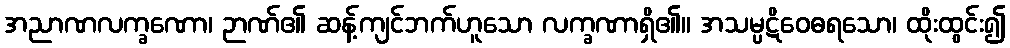
အညာဏလက္ခဏော၊ ဉာဏ်၏ ဆန့်ကျင်ဘက်ဟူသော လက္ခဏာရှိ၏။ အသမ္ပဋိဝေဓရသော၊ ထိုးထွင်း၍